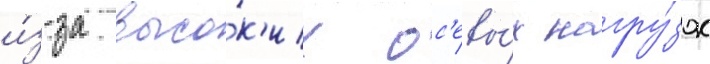
и́з-за высо́к'их ос'евы́х нагру́зок